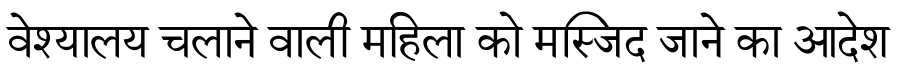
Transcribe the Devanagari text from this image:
वेश्यालय चलाने वाली महिला को मस्जिद जाने का आदेश